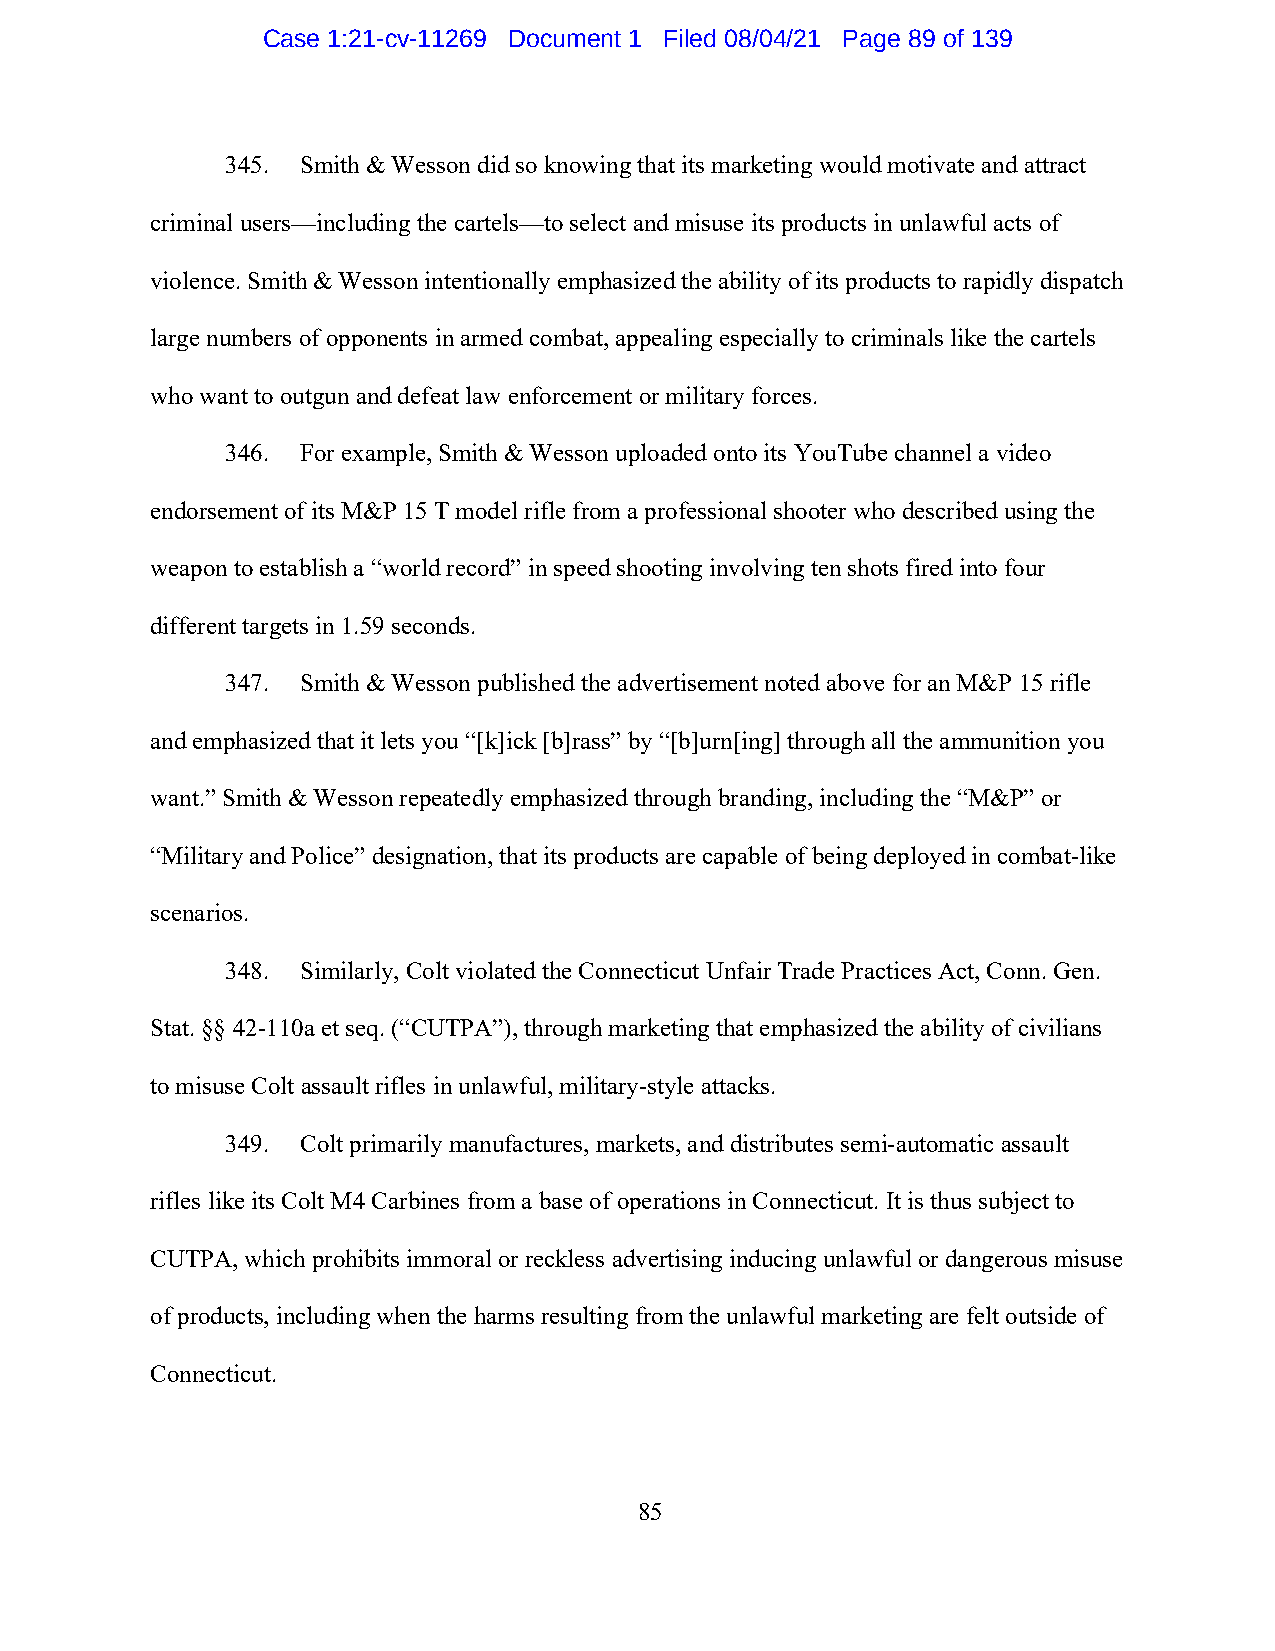
Case 1:21-cv-11269 Document 1 Filed 08/04/21 Page 89 of 139
 345. Smith & Wesson did so knowing that its marketing would motivate and attract
 criminal users—including the cartels—to select and misuse its products in unlawful acts of
 violence. Smith & Wesson intentionally emphasized the ability of its products to rapidly dispatch
 large numbers of opponents in armed combat, appealing especially to criminals like the cartels
 who want to outgun and defeat law enforcement or military forces.
 346. For example, Smith & Wesson uploaded onto its YouTube channel a video
 endorsement of its M&P 15 T model rifle from a professional shooter who described using the
 weapon to establish a “world record” in speed shooting involving ten shots fired into four
 different targets in 1.59 seconds.
 347. Smith & Wesson published the advertisement noted above for an M&P 15 rifle
 and emphasized that it lets you “[k]ick [b]rass” by “[b]urn[ing] through all the ammunition you
 want.” Smith & Wesson repeatedly emphasized through branding, including the “M&P” or
 “Military and Police” designation, that its products are capable of being deployed in combat-like
 scenarios.
 348. Similarly, Colt violated the Connecticut Unfair Trade Practices Act, Conn. Gen.
 Stat. §§ 42-110a et seq. (“CUTPA”), through marketing that emphasized the ability of civilians
 to misuse Colt assault rifles in unlawful, military-style attacks.
 349. Colt primarily manufactures, markets, and distributes semi-automatic assault
 rifles like its Colt M4 Carbines from a base of operations in Connecticut. It is thus subject to
 CUTPA, which prohibits immoral or reckless advertising inducing unlawful or dangerous misuse
 of products, including when the harms resulting from the unlawful marketing are felt outside of
 Connecticut.
 85